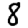
Digit: 8